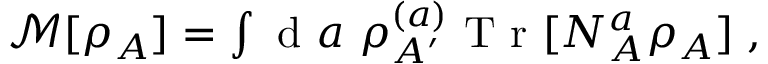
\begin{array} { r } { \mathcal { M } [ \rho _ { A } ] = \int \mathrm { ~ d ~ } a \ \rho _ { A ^ { \prime } } ^ { ( a ) } \mathrm { ~ T ~ r ~ } [ N _ { A } ^ { a } \rho _ { A } ] \; , } \end{array}